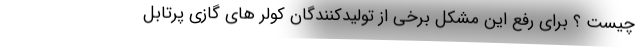
چیست ؟ برای رفع این مشکل برخی از تولیدکنندگان کولر های گازی پرتابل